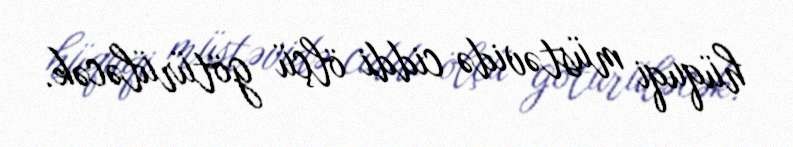
hüquqi müstəvidə ciddi ölçü götürüləcək.